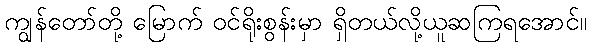
ကျွန်တော်တို့ မြောက် ဝင်ရိုးစွန်းမှာ ရှိတယ်လို့ယူဆကြရအောင်။